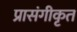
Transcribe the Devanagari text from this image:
प्रासंगीकृत